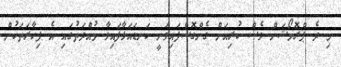
މި ދެ ޕްރޮމޯޝަން ވެސް ކުރިއަށް ގެންގޮސްފައިވަނީ ކަނޑައަޅާފައިވާ މުއްދަތުގައި އެ ފިހާރަތަކުން